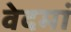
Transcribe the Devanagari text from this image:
वेदमां